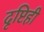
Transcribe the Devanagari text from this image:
दृष्टिही